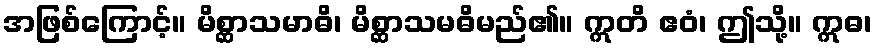
အဖြစ်ကြောင့်။ မိစ္ဆာသမာဓိ၊ မိစ္ဆာသမဓိမည်၏။ ဣတိ ဧဝံ၊ ဤသို့။ ဣဓ၊